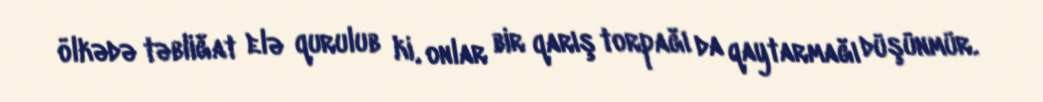
ölkədə təbliğat elə qurulub ki, onlar bir qarış torpağı da qaytarmağı düşünmür.